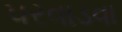
પરવાડવા